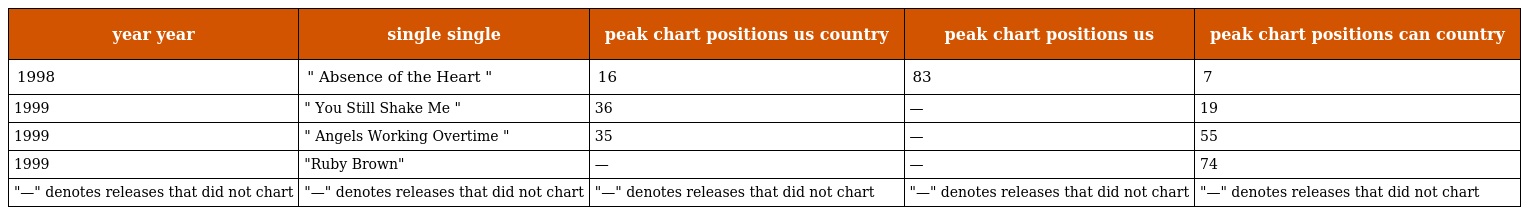
| year year | single single | peak chart positions us country | peak chart positions us | peak chart positions can country |
 | --- | --- | --- | --- | --- |
 | 1998 | " Absence of the Heart " | 16 | 83 | 7 |
 | 1999 | " You Still Shake Me " | 36 | — | 19 |
 | 1999 | " Angels Working Overtime " | 35 | — | 55 |
 | 1999 | "Ruby Brown" | — | — | 74 |
 | "—" denotes releases that did not chart | "—" denotes releases that did not chart | "—" denotes releases that did not chart | "—" denotes releases that did not chart | "—" denotes releases that did not chart |